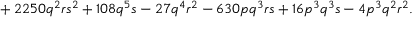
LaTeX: { } + 2 2 5 0 q ^ { 2 } r s ^ { 2 } + 1 0 8 q ^ { 5 } s - 2 7 q ^ { 4 } r ^ { 2 } - 6 3 0 p q ^ { 3 } r s + 1 6 p ^ { 3 } q ^ { 3 } s - 4 p ^ { 3 } q ^ { 2 } r ^ { 2 } .